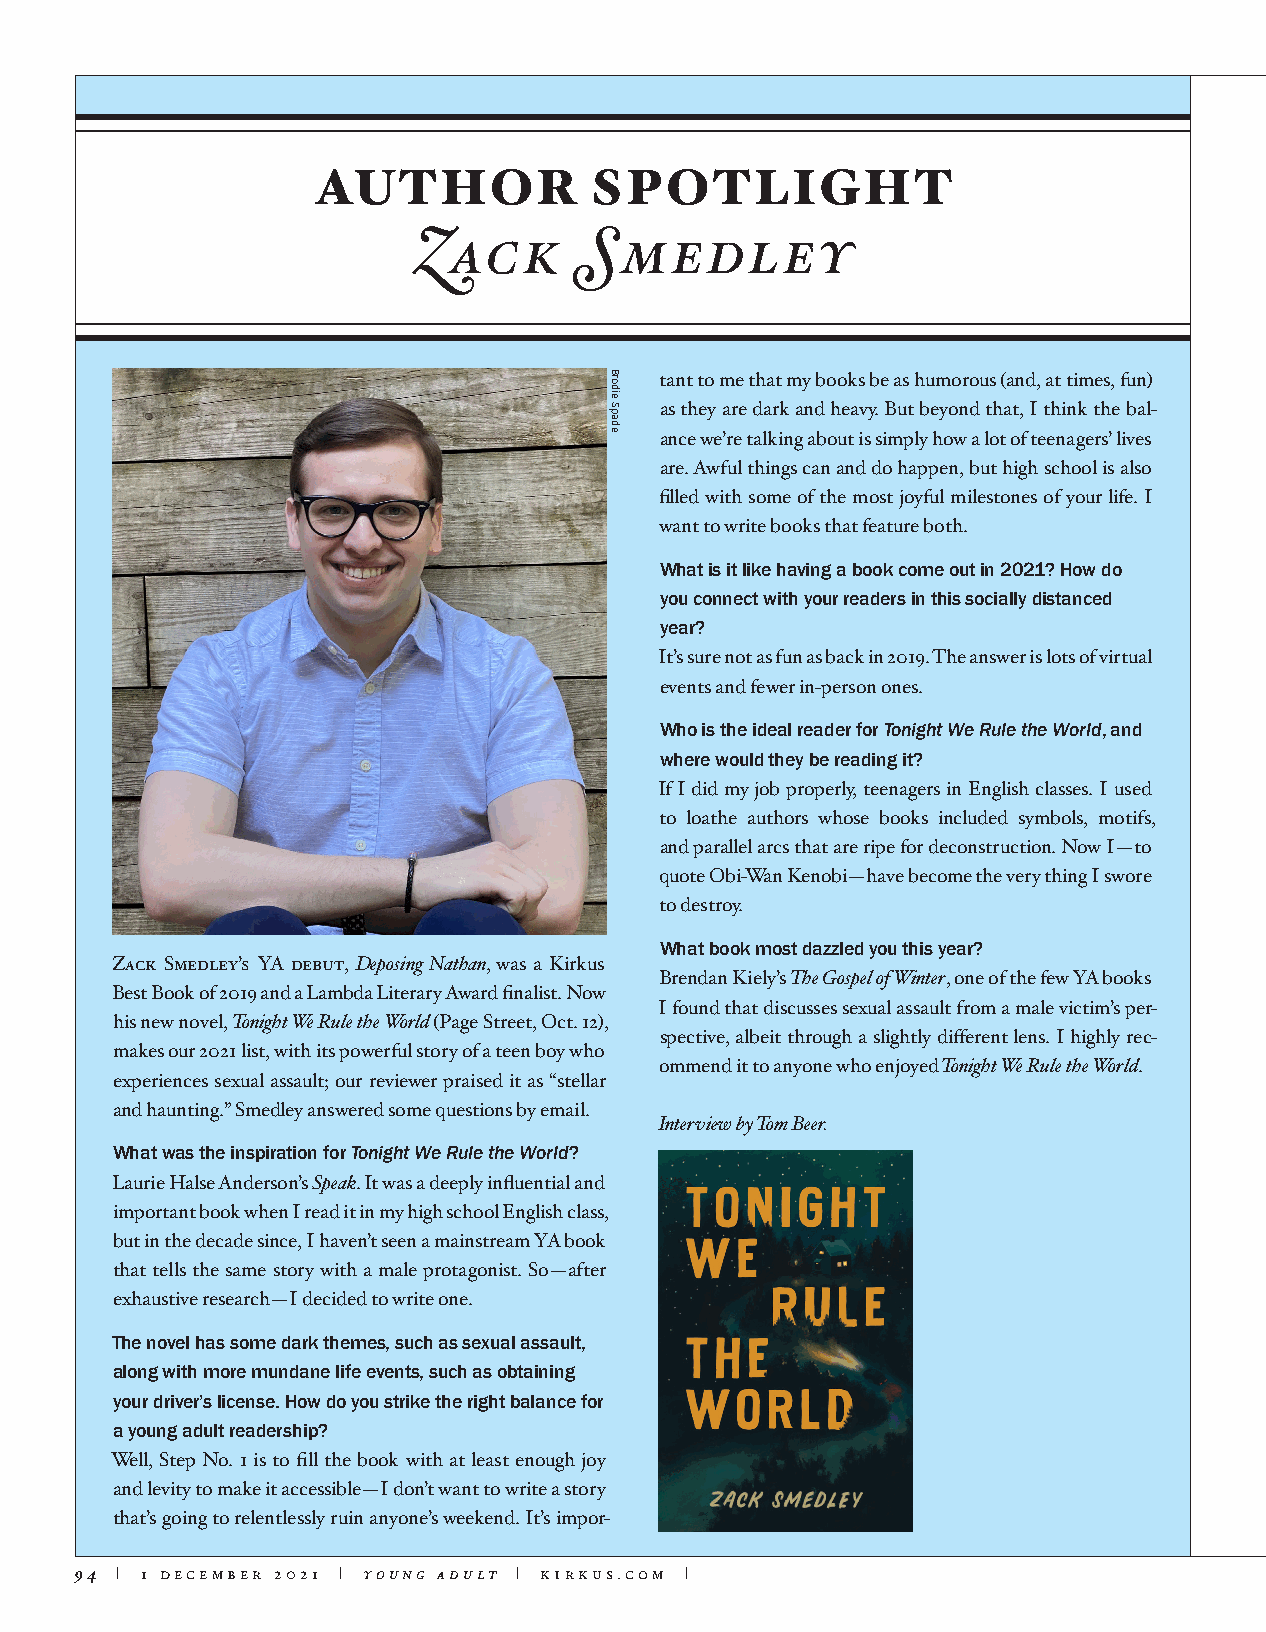
AUTHOR            SPOTLIGHT
 Zack       Smedley
 tant to me that my books be as humorous (and, at times, fun)
 as they are dark and heavy. But beyond that, I think the bal-
 ance we’re talking about is simply how a lot of teenagers’ lives
 are. Awful things can and do happen, but high school is also
 filled with some of the most joyful milestones of your life. I
 want to write books that feature both.
 What is it like having a book come out in 2021? How do
 you connect with your readers in this socially distanced
 year?
 It’s sure not as fun as back in 2019. The answer is lots of virtual
 events and fewer in-person ones.
 Who is the ideal reader for Tonight We Rule the World, and
 where would they be reading it?
 If I did my job properly, teenagers in English classes. I used
 to loathe authors whose books included symbols, motifs,
 and parallel arcs that are ripe for deconstruction. Now I—to
 quote Obi-Wan Kenobi—have become the very thing I swore
 to destroy.
 What book most dazzled you this year?
 Zack Smedley’s YA debut, Deposing Nathan, was a Kirkus
 Brendan Kiely’s The Gospel of Winter, one of the few YA books
 Best Book of 2019 and a Lambda Literary Award finalist. Now
 I found that discusses sexual assault from a male victim’s per-
 his new novel, Tonight We Rule the World (Page Street, Oct. 12),
 spective, albeit through a slightly different lens. I highly rec-
 makes our 2021 list, with its powerful story of a teen boy who
 ommend it to anyone who enjoyed Tonight We Rule the World.
 experiences sexual assault; our reviewer praised it as “stellar
 and haunting.” Smedley answered some questions by email.
 Interview by Tom Beer.
 What was the inspiration for Tonight We Rule the World?
 Laurie Halse Anderson’s Speak. It was a deeply influential and
 important book when I read it in my high school English class,
 but in the decade since, I haven’t seen a mainstream YA book
 that tells the same story with a male protagonist. So—after
 exhaustive research—I decided to write one.
 The novel has some dark themes, such as sexual assault,
 along with more mundane life events, such as obtaining
 your driver’s license. How do you strike the right balance for
 a young adult readership?
 Well, Step No. 1 is to fill the book with at least enough joy
 and levity to make it accessible—I don’t want to write a story
 that’s going to relentlessly ruin anyone’s weekend. It’s impor-
 94 | 1 december 2021 | young adult | kirkus.com |
 Brodie
 Spade